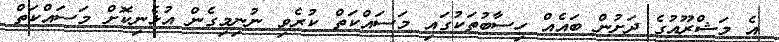
އެ މަޝްރޫއުގެ ދަށުން ބައެއް ހިސާބުތަކުގައި މަސައްކަތް ކުރެވި ނުނިމިގެން އުޅެނިކޮށް މަސައްކަތް